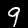
Digit: 9